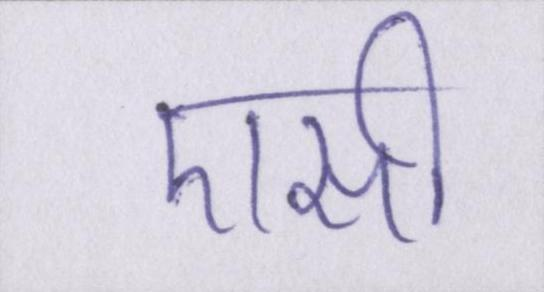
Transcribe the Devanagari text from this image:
एसी